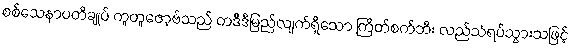
စစ်သေနာပတိချုပ် ကူတူဇော့ဗ်သည် တဒီဒီမြည်လျက်ရှိသော ကြိတ်စက်ဘီး လည်သံရပ်သွားသဖြင့်